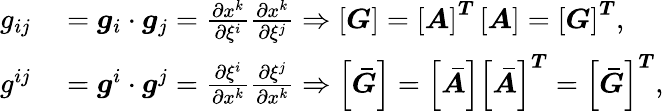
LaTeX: \begin{array}{rl}{g_{ij}}&{{}=\boldsymbol{g}_{i}\cdot\boldsymbol{g}_{j}=\frac{\partial x^{k}}{\partial\xi^{i}}\frac{\partial x^{k}}{\partial\xi^{j}}\Rightarrow\boldsymbol{\left[G\right]}=\boldsymbol{\left[A\right]^{T}}\boldsymbol{\left[A\right]}=\boldsymbol{\left[G\right]^{T}},}\\ {g^{ij}}&{{}=\boldsymbol{g}^{i}\cdot\boldsymbol{g}^{j}=\frac{\partial\xi^{i}}{\partial x^{k}}\frac{\partial\xi^{j}}{\partial x^{k}}\Rightarrow\boldsymbol{\left[\bar{G}\right]}=\boldsymbol{\left[\bar{A}\right]}\boldsymbol{\left[\bar{A}\right]^{T}}=\boldsymbol{\left[\bar{G}\right]^{T}},}\end{array}